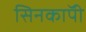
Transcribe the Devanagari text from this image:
सिनकाॅपी